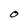
Character: O